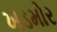
ખડમોર